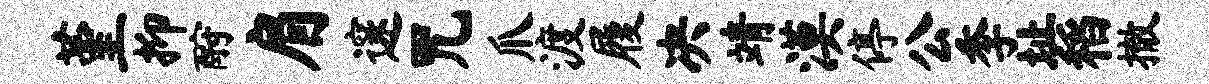
堇抑酹肩邃咒爪渡履决靖漠停公季址稻撤